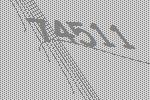
74511